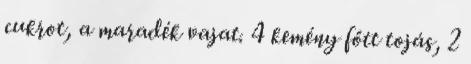
cukrot, a maradék vajat. 4 kemény főtt tojás, 2